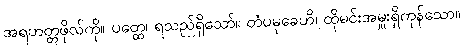
အရဟတ္တဖိုလ်ကို။ ပတ္ထေ၊ ရသည်ရှိသော်။ တံပမုခေဟိ၊ ထိုမင်းအမှူးရှိကုန်သော။